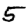
Digit: 5